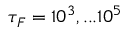
\tau _ { F } = 1 0 ^ { 3 } , . . . 1 0 ^ { 5 }